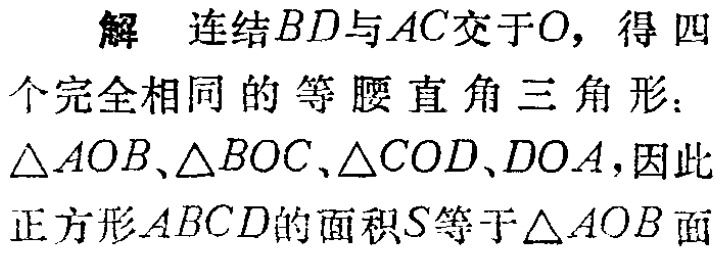
解 连结\(BD\)与\(AC\)交于\(O\)，得 四

个完全相同的等腰直角三角形：

\(\triangle AOB\)、\(\triangle BOC\)、\(\triangle COD\)、\(DOA\)，因此

正方形\(ABCD\)的面积\(S\)等于\(\triangle AOB\)面